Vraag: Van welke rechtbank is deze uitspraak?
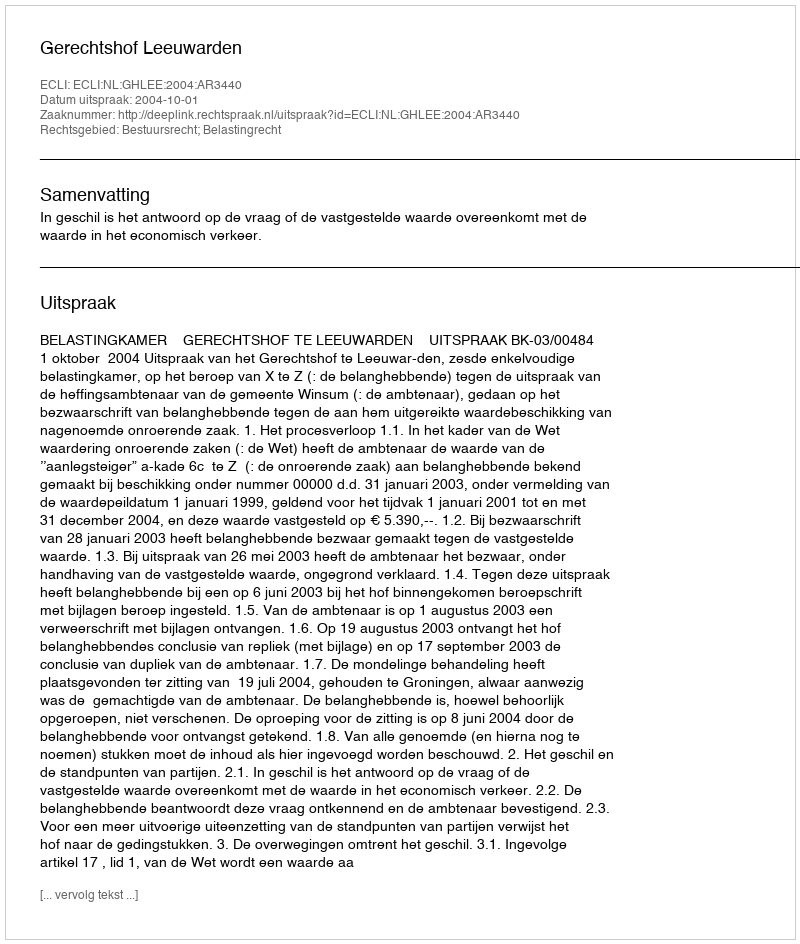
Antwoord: Gerechtshof Leeuwarden